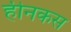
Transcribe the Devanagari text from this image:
हीनकस